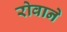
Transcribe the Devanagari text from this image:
रोवाने